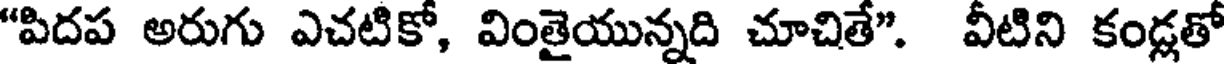
"పిదప అరుగు ఎచటికో, వింతైయున్నది చూచితే". వీటిని కండ్లతో